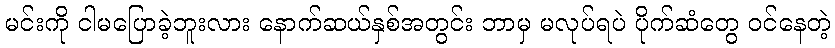
မင်းကို ငါမပြောခဲ့ဘူးလား နောက်ဆယ်နှစ်အတွင်း ဘာမှ မလုပ်ရပဲ ပိုက်ဆံတွေ ဝင်နေတဲ့